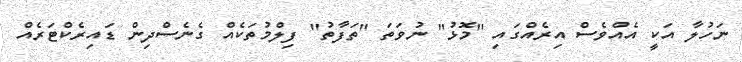
ނަހުލާ އަކީ އެއްވެސް އިރެއްގައި "މޮޅު" ނުވަތަ "ތަފާތު" ފިލްމުތަކެއް ގެނެސްދިން ޑައިރެކްޓަރެއް